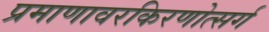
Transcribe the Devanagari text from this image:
प्रमाणावरकिरणोत्सर्ग